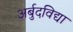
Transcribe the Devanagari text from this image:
अर्बुदविद्या